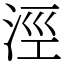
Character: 涇